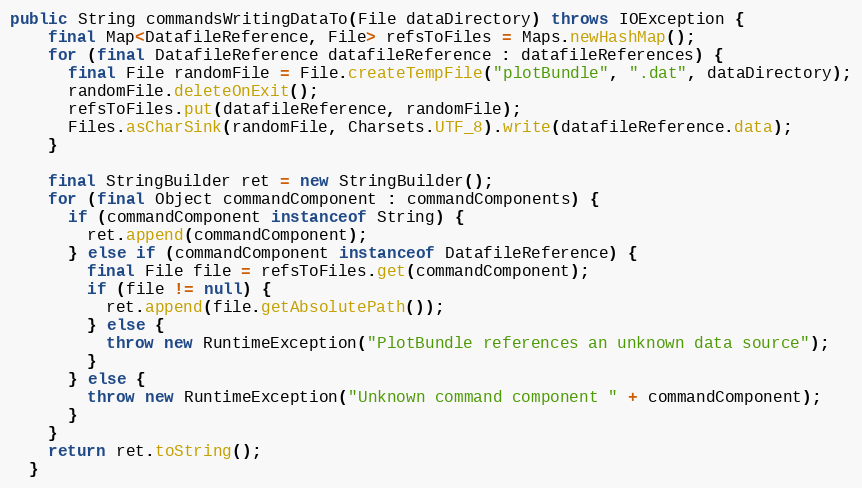
Language: Java
public String commandsWritingDataTo(File dataDirectory) throws IOException {
    final Map<DatafileReference, File> refsToFiles = Maps.newHashMap();
    for (final DatafileReference datafileReference : datafileReferences) {
      final File randomFile = File.createTempFile("plotBundle", ".dat", dataDirectory);
      randomFile.deleteOnExit();
      refsToFiles.put(datafileReference, randomFile);
      Files.asCharSink(randomFile, Charsets.UTF_8).write(datafileReference.data);
    }

    final StringBuilder ret = new StringBuilder();
    for (final Object commandComponent : commandComponents) {
      if (commandComponent instanceof String) {
        ret.append(commandComponent);
      } else if (commandComponent instanceof DatafileReference) {
        final File file = refsToFiles.get(commandComponent);
        if (file != null) {
          ret.append(file.getAbsolutePath());
        } else {
          throw new RuntimeException("PlotBundle references an unknown data source");
        }
      } else {
        throw new RuntimeException("Unknown command component " + commandComponent);
      }
    }
    return ret.toString();
  }